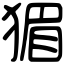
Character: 猸